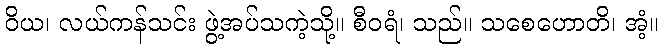
ဝိယ၊ လယ်ကန်သင်း ဖွဲ့အပ်သကဲ့သို့။ စီဝရံ၊ သည်။ သစေဟောတိ၊ အံ့။